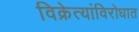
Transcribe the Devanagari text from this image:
विक्रेत्यांविरोधात